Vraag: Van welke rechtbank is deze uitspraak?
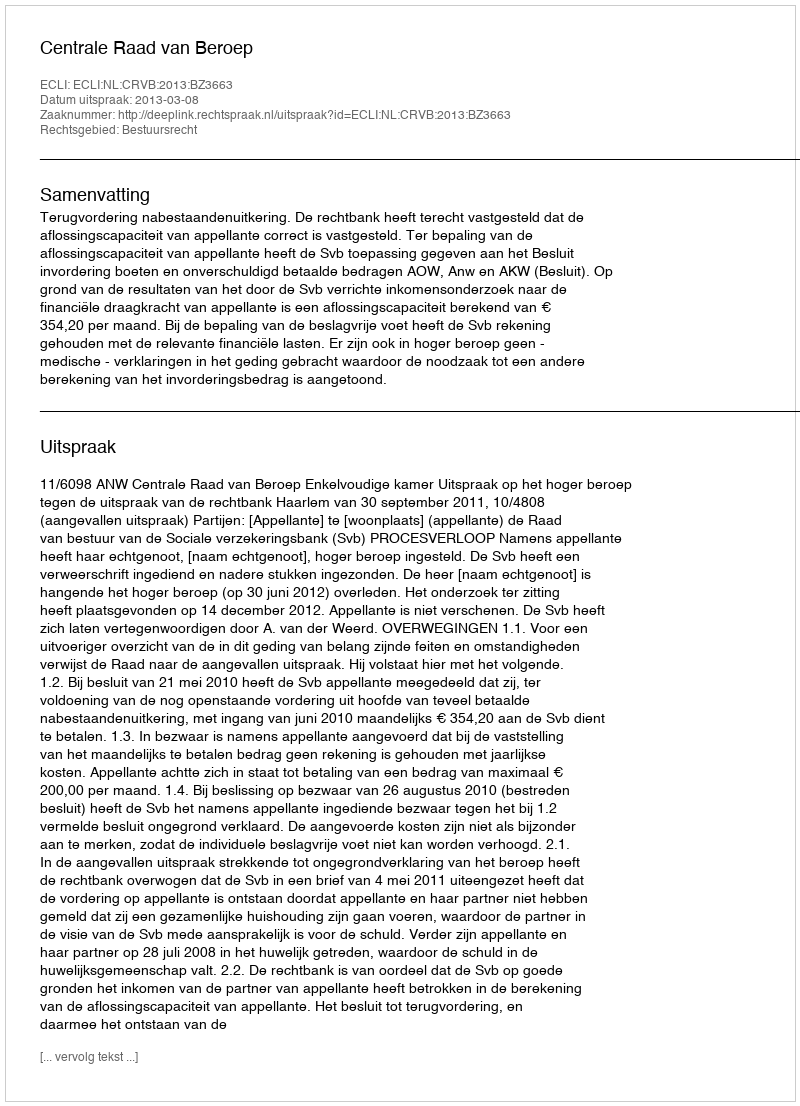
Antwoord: Centrale Raad van Beroep